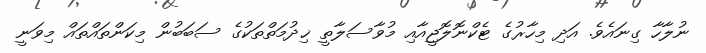
ނުލާހާ ގިނައެވެ. އަދި މިހާރުގެ ޓެކްނޮލޮޖީއާއި މުވާސަލާތީ ޚިދުމަތްތަކުގެ ސަބަބުން މިކަންތައްތައް މިވަނީ